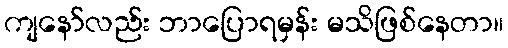
ကျနော်လည်း ဘာပြောရမှန်း မသိဖြစ်နေတာ။